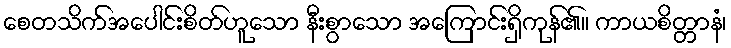
စေတသိက်အပေါင်းစိတ်ဟူသော နီးစွာသော အကြောင်းရှိကုန်၏။ ကာယစိတ္တာနံ၊